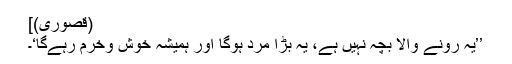
(قصوری)]
’’یہ رونے والا بچہ نہیں ہے، یہ بڑا مرد ہوگا اور ہمیشہ خوش وخرم رہےگا‘۔